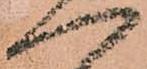
へ